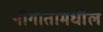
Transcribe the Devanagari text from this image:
नीगातामधील